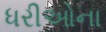
ધરીઓના